Report on vaccination in the Province of Bengal - 1869-1873
Year: 1869
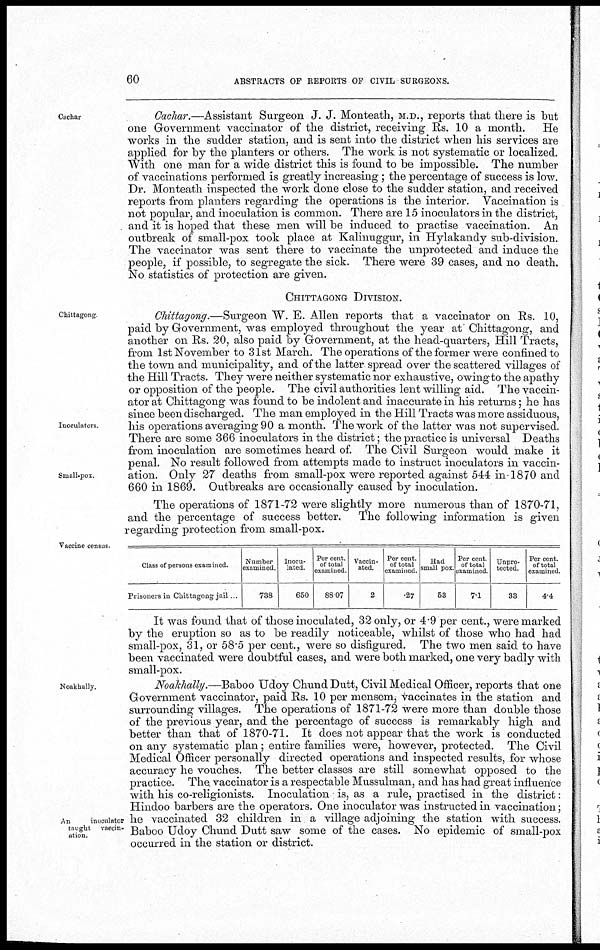
60
ABSTRACTS OF REPORTS OF CIVIL SURGEONS.
Cachar
Cachar.—Assistant Surgeon J. J. Monteath, M.D., reports that there is but
one Government vaccinator of the district, receiving Rs. 10 a month. He
works in the sudder station, and is sent into the district when his services are
applied for by the planters or others. The work is not systematic or localized.
With one man for a wide district this is found to be impossible. The number
of vaccinations performed is greatly increasing; the percentage of success is low.
Dr. Monteath inspected the work done close to the sudder station, and received
reports from planters regarding the operations is the interior. Vaccination is
not popular, and inoculation is common. There are 15 inoculators in the district,
and it is hoped that these men will be induced to practise vaccination. An
outbreak of small-pox took place at Kalinuggur, in Hylakandy sub-division.
The vaccinator was sent there to vaccinate the unprotected and induce the
people, if possible, to segregate the sick. There were 39 cases, and no death.
No statistics of protection are given.
CHITTAGONG DIVISION.
Chittagong
Inoculators.
Small-pox
Chittagong.—Surgeon W. E. Allen reports that a vaccinator on Rs. 10,
paid by Government, was employed throughout the year at Chittagong, and
another on Rs. 20, also paid by Government, at the head-quarters, Hill Tracts,
from 1st November to 31st March. The operations of the former were confined to
the town and municipality, and of the latter spread over the scattered villages of
the Hill Tracts. They were neither systematic nor exhaustive, owing to the apathy
or opposition of the people. The civil authorities lent willing aid. The vaccin-
ator at Chittagong was found to be indolent and inaccurate in his returns; he has
since been discharged. The man employed in the Hill Tracts was more assiduous,
his operations averaging 90 a month. The work of the latter was not supervised.
There are some 366 inoculators in the district; the practice is universal Deaths
from inoculation are sometimes heard of. The Civil Surgeon would make it
penal. No result followed from attempts made to instruct inoculators in vaccin-
ation. Only 27 deaths from small-pox were reported against 544 in-1870 and
660 in 1869. Outbreaks are occasionally caused by inoculation.
The operations of 1871-72 were slightly more numerous than of 1870-71,
and the percentage of success better. The following information is given
regarding protection from small-pox.
Vaccine census.
Class of persons examined.
Prisoners in Chittagong jail
Number
examined.
738
Inocu-
lated.
650
Per cent.
of total
examined
88.07
Vaccin-
ated.
2
Per cent
of total
examined.
.27
Had
small pox
53
Per cent.
of total
examined
7.1
Unpro-
tected.
33
Per cent
of total
examined.
4.4
It was found that of those inoculated, 32 only, or 4.9 per cent., were marked
by the eruption so as to be readily noticeable, whilst of those who had had
small-pox, 31, or 58.5 per cent., were so disfigured. The two men said to have
been vaccinated were doubtful cases, and were both marked, one very badly with
small-pox.
Noakhally.
An
inoculator
taught vaccin-
ation.
Noakhally.—Baboo Udoy Chund Dutt, Civil Medical Officer, reports that one
Government vaccinator, paid Rs. 10 per mensem, vaccinates in the station and
surrounding villages. The operations of 1871-72 were more than double those
of the previous year, and the percentage of success is remarkably high and
better than that of 1870-71. It does not appear that the work is conducted
on any systematic plan; entire families were, however, protected. The Civil
Medical Officer personally directed operations and inspected results, for whose
accuracy he vouches. The better classes are still somewhat opposed to the
practice. The vaccinator is a respectable Mussulman, and has had great influence
with his co-religionists. Inoculation is, as a rule, practised in the district:
Hindoo barbers are the operators. One inoculator was instructed in vaccination;
he vaccinated 32 children in a village adjoining the station with success.
Baboo Udoy Chund Dutt saw some of the cases. No epidemic of small-pox
occurred in the station or district.